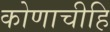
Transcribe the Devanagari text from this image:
कोणाचीहि